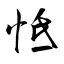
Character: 怟